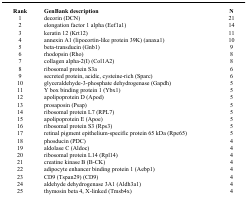
<table><thead><tr><td><b>Rank</b></td><td><b>GenBank description</b></td><td><b>N</b></td></tr></thead><tbody><tr><td>1</td><td>decorin (DCN)</td><td>21</td></tr><tr><td>2</td><td>elongation factor 1 alpha (Eef1a1)</td><td>14</td></tr><tr><td>3</td><td>keratin 12 (Krt12)</td><td>11</td></tr><tr><td>4</td><td>annexin A1 (lipocortin-like protein 39K) (anaxa1)</td><td>10</td></tr><tr><td>5</td><td>beta-transducin (Gnb1)</td><td>9</td></tr><tr><td>6</td><td>rhodopsin (Rho)</td><td>8</td></tr><tr><td>7</td><td>collagen alpha-2(I) (Col1A2)</td><td>8</td></tr><tr><td>8</td><td>ribosomal protein S3a</td><td>6</td></tr><tr><td>9</td><td>secreted protein, acidic, cysteine-rich (Sparc)</td><td>6</td></tr><tr><td>10</td><td>glyceraldehyde-3-phosphate dehydrogenase (Gapdh)</td><td>5</td></tr><tr><td>11</td><td>Y box binding protein 1 (Ybx1)</td><td>5</td></tr><tr><td>12</td><td>apolipoprotein D (Apod)</td><td>5</td></tr><tr><td>13</td><td>prosaposin (Psap)</td><td>5</td></tr><tr><td>14</td><td>ribosomal protein L7 (RPL7)</td><td>5</td></tr><tr><td>15</td><td>apolipoprotein E (Apoe)</td><td>5</td></tr><tr><td>16</td><td>ribosomal protein S3 (Rps3)</td><td>5</td></tr><tr><td>17</td><td>retinal pigment epithelium-specific protein 65 kDa (Rpe65)</td><td>5</td></tr><tr><td>18</td><td>phosducin (PDC)</td><td>4</td></tr><tr><td>19</td><td>aldolase C (Aldoc)</td><td>4</td></tr><tr><td>20</td><td>ribosomal protein L14 (Rpl14)</td><td>4</td></tr><tr><td>21</td><td>creatine kinase B (B-CK)</td><td>4</td></tr><tr><td>22</td><td>adipocyte enhancer binding protein 1 (Aebp1)</td><td>4</td></tr><tr><td>23</td><td>CD9 (Tspan29) (CD9)</td><td>4</td></tr><tr><td>24</td><td>aldehyde dehydrogenase 3A1 (Aldh3a1)</td><td>4</td></tr><tr><td>25</td><td>thymosin beta 4, X-linked (Tmsb4x)</td><td>4</td></tr></tbody></table>